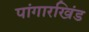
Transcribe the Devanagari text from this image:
पांगारखिंड